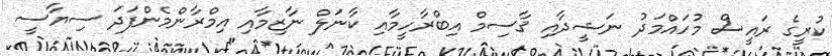
ކުރީގެ ރައީސް މުހައްމަދު ނަޝީދާއި ޤާސިމް އިބްރާހީމާއި ކާނަލް ނާޒިމާއި އިމްރާންމެންފަދަ ސިޔާސީ